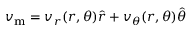
\boldsymbol { v _ { \mathrm { m } } } = v _ { r } ( r , \theta ) \boldsymbol { \hat { r } } + v _ { \theta } ( r , \theta ) \boldsymbol { \hat { \theta } }